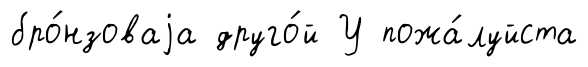
бро́нзоваjа друго́й У пожа́луйста